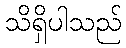
သိရှိပါသည်